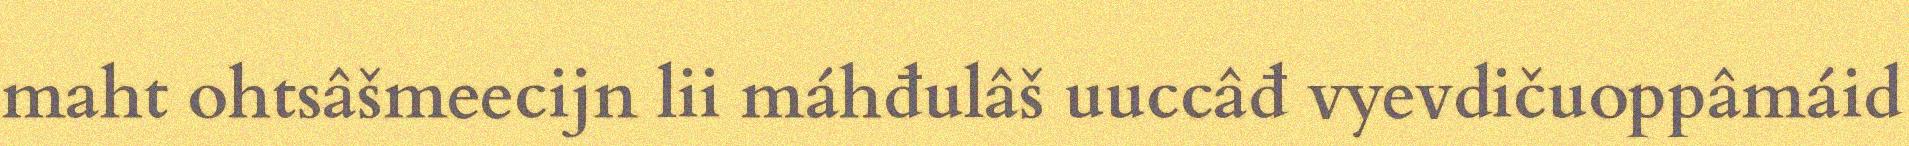
maht ohtsâšmeecijn lii máhđulâš uuccâđ vyevdičuoppâmáid